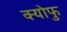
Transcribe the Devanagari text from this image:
क्योफु